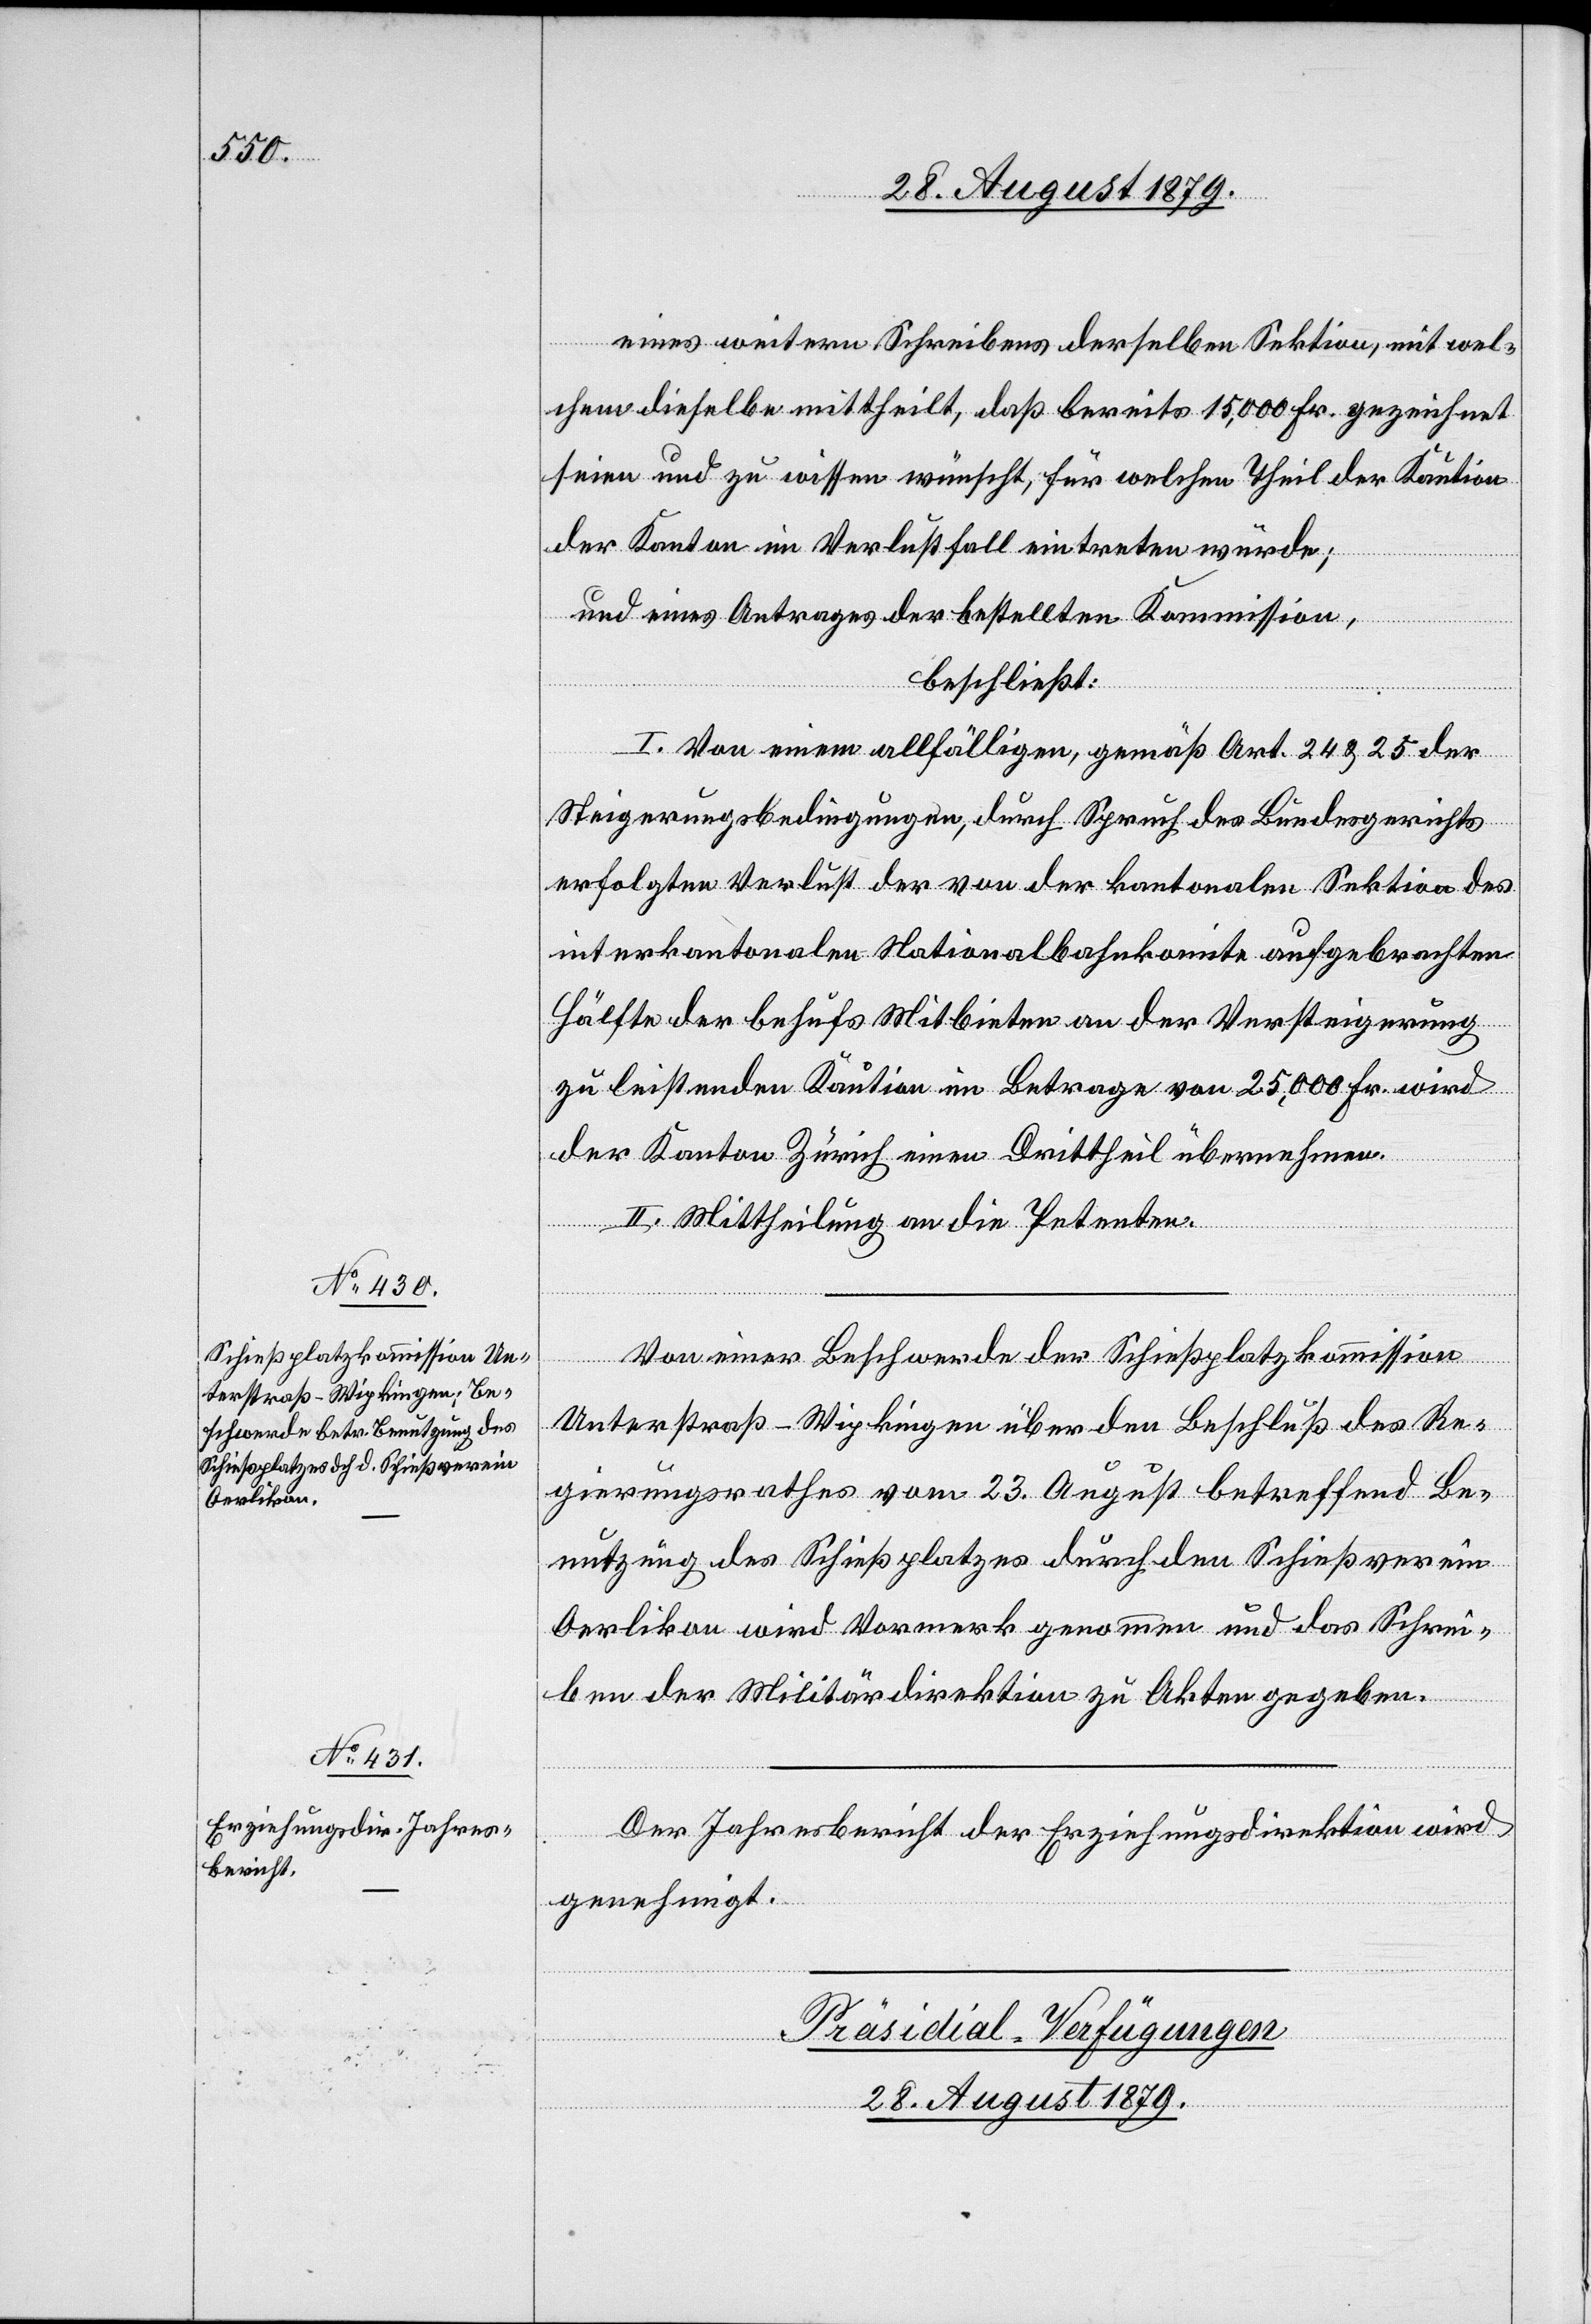
28. August 1879.
eines weitern Schreibens derselben Sektion, mit wel¬
chem dieselbe mittheilt, daß bereits 15,000 Fr. gezeichnet
seien und zu wissen wünscht, für welchen Theil der Kaution
der Kanton im Verlustfall eintreten würde;
und eines Antrages der bestellten Kommission,
beschließt:
I. Von einem allfälligen, gemäß Art. 24 & 25 der
Steigerungsbedingungen, durch Spruch des Bundesgerichts
erfolgten Verlust der von der kantonalen Sektion des
interkantonalen Nationalbahnkomite aufgebrachten
Hälfte der behufs Mitbieten an der Versteigerung
zu leistenden Kaution im Betrage von 25,000 Fr. wird
der Kanton Zürich einen Drittheil übernehmen.
II. Mittheilung an die Petenten.
Von einer Beschwerde der Schießplatzkommission
Unterstraß-Wipkingen über den Beschluß des Re¬
gierungsrathes vom 23. August betreffend Be¬
nutzung des Schießplatzes durch den Schießverein
Oerlikon wird Vormerk genommen und das Schrei¬
ben der Militärdirektion zu Akten gegeben.
Der Jahresbericht der Erziehungsdirektion wird
genehmigt.
Präsidial-Verfügungen